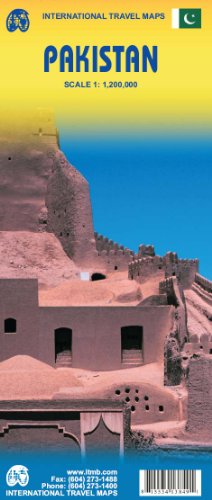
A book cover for Pakistan 1:1,200,000 Travel Map (International Travel Maps); ITM Canada; Travel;